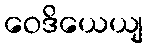
ဝေဒိယေယျ